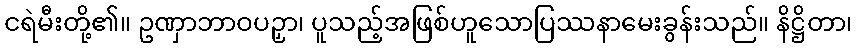
ငရဲမီးတို့၏။ ဥဏှာဘာဝပဉှာ၊ ပူသည့်အဖြစ်ဟူသောပြဿနာမေးခွန်းသည်။ နိဋ္ဌိတာ၊